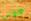
جوالي